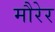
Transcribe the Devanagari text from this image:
मौरेर